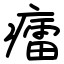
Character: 癗